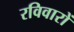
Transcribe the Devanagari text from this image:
रविवारों